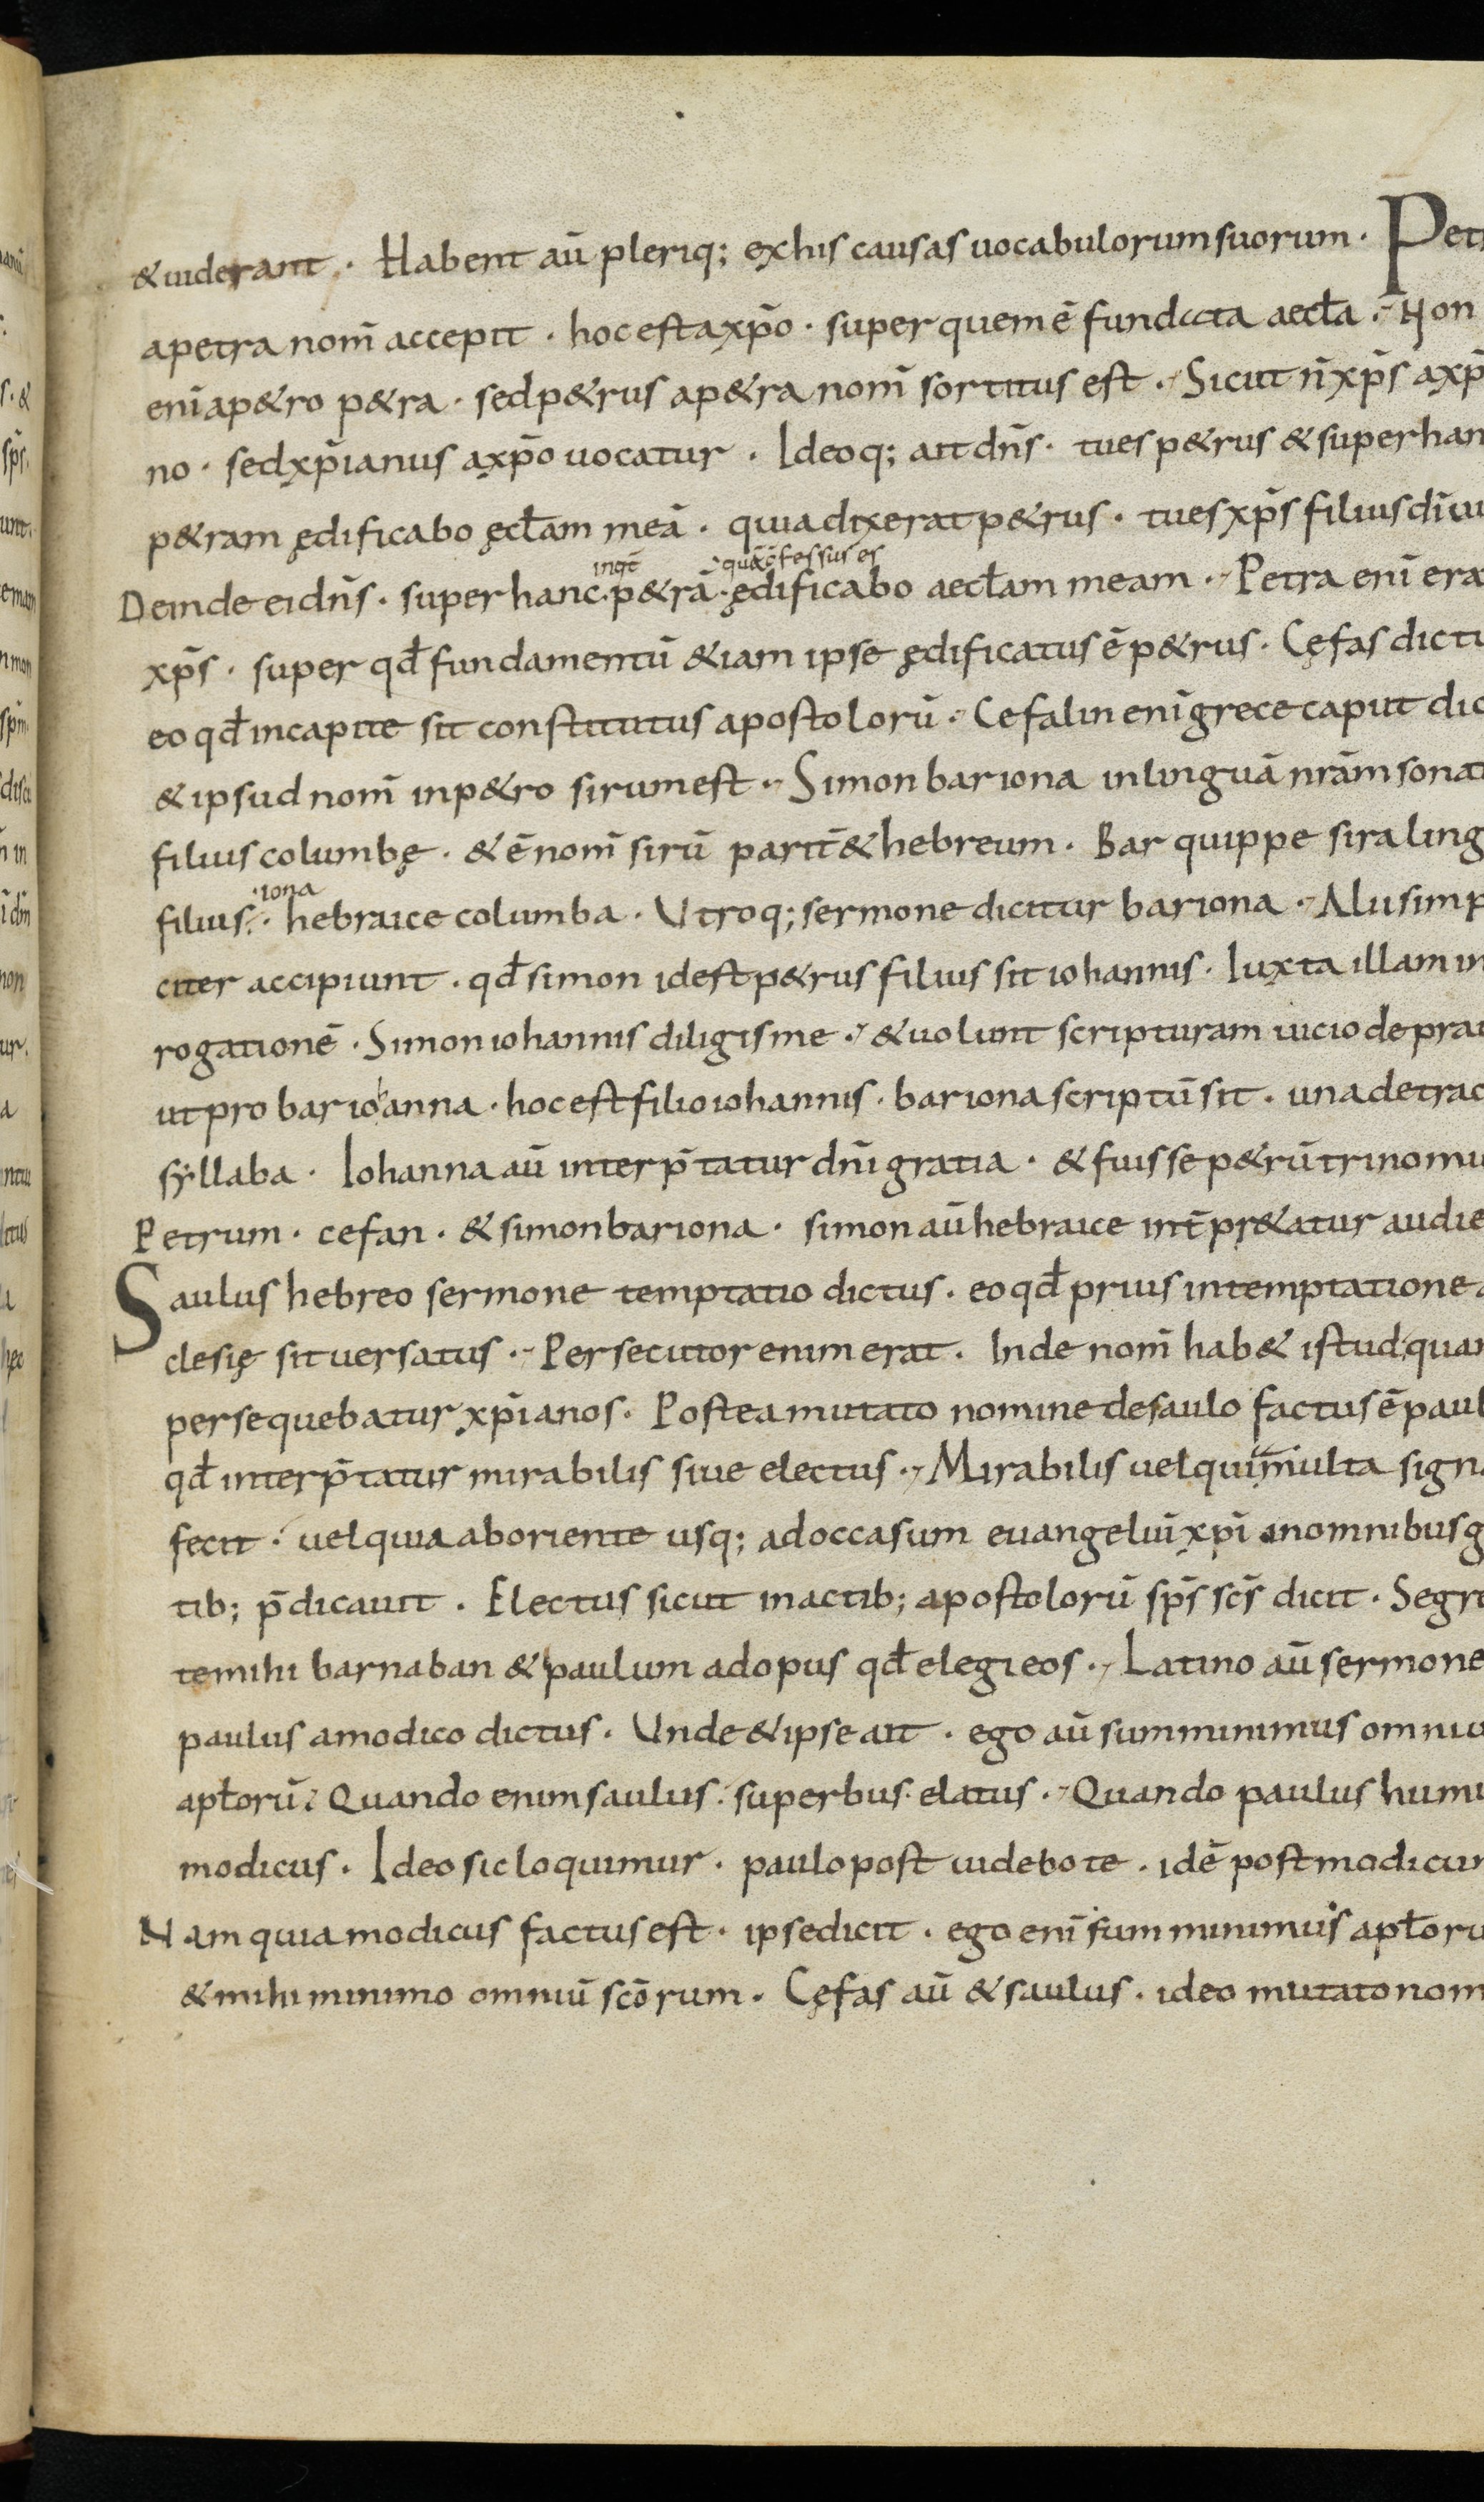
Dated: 833–865